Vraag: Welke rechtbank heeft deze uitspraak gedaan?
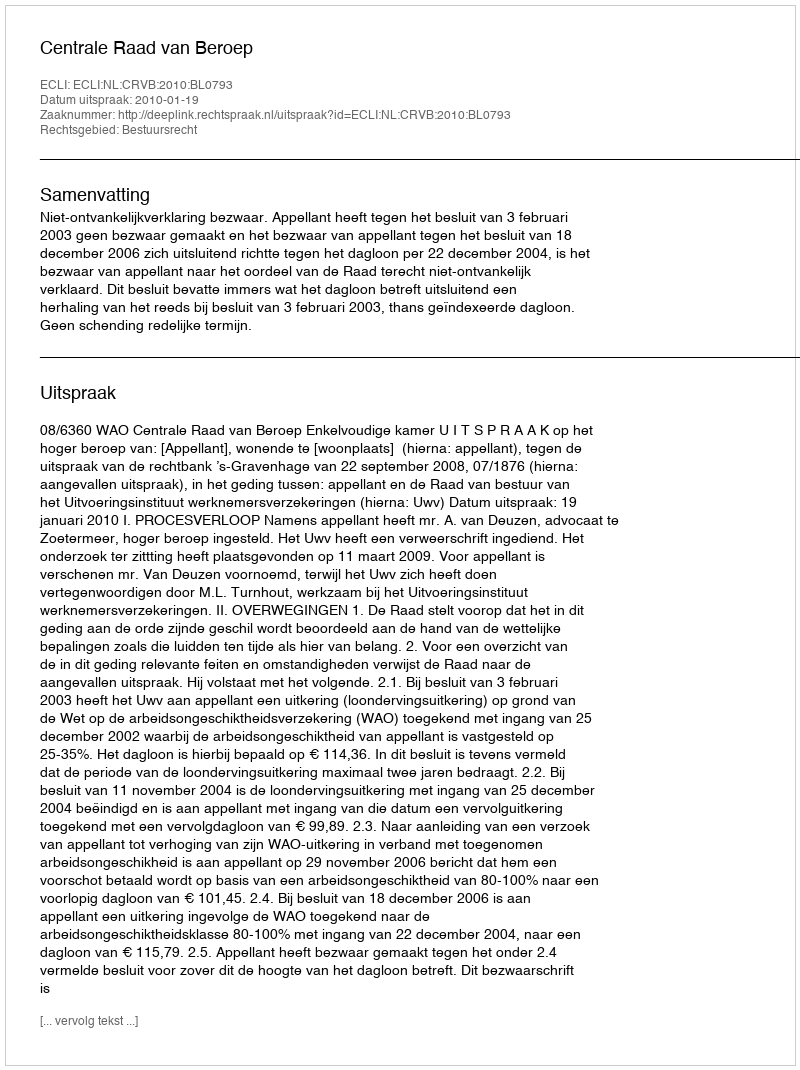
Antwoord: Centrale Raad van Beroep